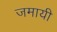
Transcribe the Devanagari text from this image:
जमायी